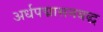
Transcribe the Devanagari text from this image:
अर्धपद्मासनबद्ध